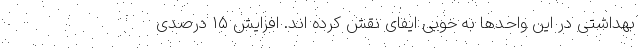
بهداشتی در این واحدها به خوبی ایفای نقش کرده اند. افزایش ۱۵ درصدی